Vaccination United Provinces of Agra and Oudh 1914-1922 - 1914-1922
Year: 1914
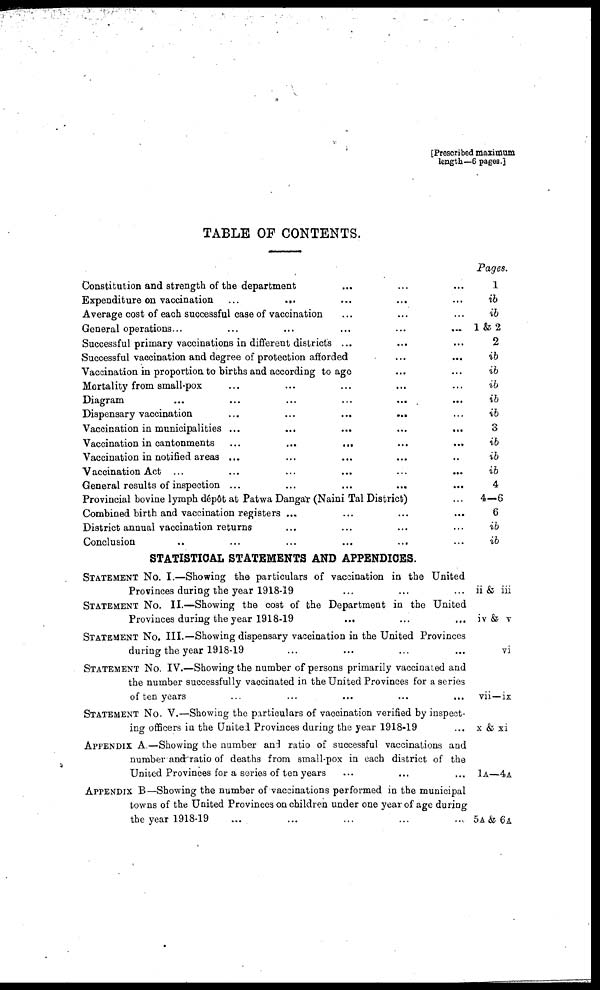
[Prescribed maximum
length—6 pages.]
TABLE OF CONTENTS.
Constitution and strength of the department ... ... ...
Expenditure on vaccination
...
... ... ... ...
Average cost of each successful case of vaccination ... ... ...
General operations... ... ... ... ... ...
Successful primary vaccinations in different districts ... ... ...
Successful vaccination and degree of protection afforded ... ...
Vaccination in proportion to births and according to age ... ...
Mortality from small-pox ... ... ... ... ...
Diagram ... ... ... ... ... ...
Dispensary vaccination
...
...
...
... ...
Vaccination in municipalities ...
... ... ... ...
Vaccination in cantonments ... ... ... ... ...
Vaccination in notified areas ... ... ... ... ..
Vaccination Act ...
...
...
...
...
...
General results of inspection ...
...
...
...
...
Provincial bovine lymph dépôt at Patwa Dangar (Naini Tal District) ...
Combined birth and vaccination registers ... ... ... ...
District annual vaccination returns ... ... ... ...
Conclusion .. ... ... ... ... ...
STATISTICAL STATEMENTS AND APPENDICES.
STATEMENT No. I.—Showing the particulars of vaccination in the United
Provinces during the year 1918-19 ... ... ...
STATEMENT No. II.—Showing the cost of the Department in the United
Provinces during the year 1918-19
... ... ...
STATEMENT No. III.—Showing dispensary vaccination in the United Provinces
during the year 1918-19 ... ... ... ...
STATEMENT No. IV.—Showing the number of persons primarily vaccinated and
the number successfully vaccinated in the United Provinces for a series
of ten years ... ... ... ... ...
STATEMENT No. V.—Showing the particulars of vaccination verified by inspect-
ing officers in the United Provinces during the year 1918-19 ...
APPENDIX A.—Showing the number and ratio of successful vaccinations and
number and ratio of deaths from small-pox in each district of the
United Provinces for a series of ten years ... ... ...
APPENDIX B—Showing the number of vaccinations performed in the municipal
towns of the United Provinces on children under one year of age during
the year 1918-19 ... ... ... ... ...
Pages.
1
ib
ib
1 & 2
2
ib
ib
ib
ib
ib
3
ib
ib
ib
4
4—6
6
ib
ib
ii & iii
iv & v
vi
vii — ix
x & xi
1A—4A
5A & 6A